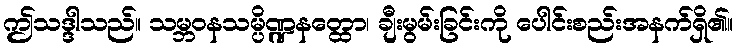
ဤသဒ္ဒါသည်။ သမ္ဘဝနသမ္ပိဏ္ဍနတ္ထော၊ ချီးမွမ်းခြင်းကို ပေါင်းစည်းအနက်ရှိ၏။